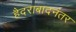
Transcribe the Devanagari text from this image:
हैदराबादनंतर